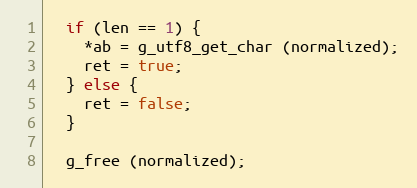
Language: C++
  if (len == 1) {
    *ab = g_utf8_get_char (normalized);
    ret = true;
  } else {
    ret = false;
  }

  g_free (normalized);